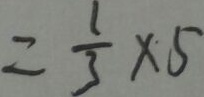
= \frac { 1 } { 3 } \times 5